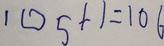
1 0 5 + 1 = 1 0 6